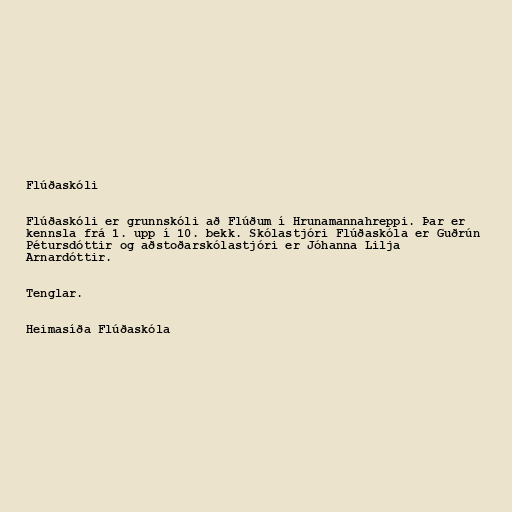
Flúðaskóli

Flúðaskóli er grunnskóli að Flúðum í Hrunamannahreppi. Þar er
kennsla frá 1. upp í 10. bekk. Skólastjóri Flúðaskóla er Guðrún
Pétursdóttir og aðstoðarskólastjóri er Jóhanna Lilja
Arnardóttir.

Tenglar.

Heimasíða Flúðaskóla